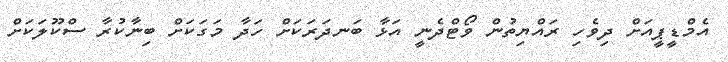
އެމްޑީޕީއަށް ދިވެހި ރައްޔިތުން ވޯޓްދެނީ އަޅާ ބަނދަރަކަށް ހަދާ މަގަކަށް ބިނާކުރާ ސްކޫލަކަށް